Civil Veterinary Dept. Bombay admin report 1900-1906 - 1900-1906
Year: 1900
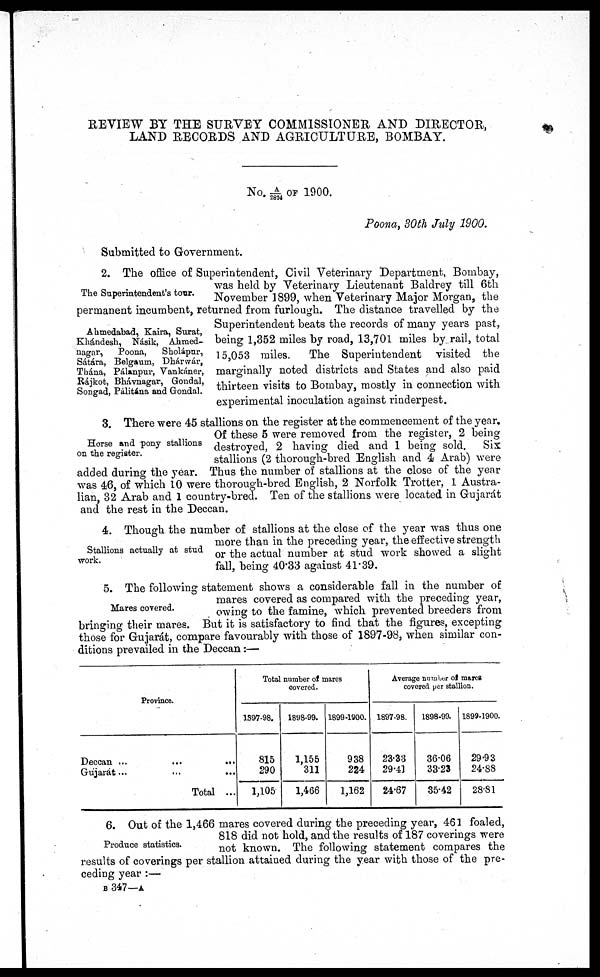
REVIEW BY THE SURVEY COMMISSIONER AND DIRECTOR,
LAND RECORDS AND AGRICULTURE, BOMBAY.
NO. A/2824 OF 1900.
Poona, 30th July 1900.
Submitted to Government.
The Superintendent's tour.
Ahmedabad, Kaira, Surat,
Khándesh, Násik, Ahmed-
nagar,
Poona,
Sholápur,
Sátára, Belgaum, Dhárwár,
Thána, Pálanpur, Vankáner,
Rájkot, Bhávnagar, Gondal,
Songad, Pálitána and Gondal.
2. The office of Superintendent, Civil Veterinary Department, Bombay,
was held by Veterinary Lieutenant Baldrey till 6th
November 1899, when Veterinary Major Morgan, the
permanent incumbent, returned from furlough. The distance travelled by the
Superintendent beats the records of many years past,
being 1,352 miles by road, 13,701 miles by rail, total
15,053 miles.
The Superintendent visited the
marginally noted districts and States and also paid
thirteen visits to Bombay, mostly in connection with
experimental inoculation against rinderpest.
Horse and pony stallions
on the register.
3. There were 45 stallions on the register at the commencement of the year.
Of these 5 were removed from the register, 2 being
destroyed, 2 having died and 1 being sold.
Six
stallions (2 thorough-bred English and 4 Arab) were
added during the year. Thus the number of stallions at the close of the year
was 46, of which 10 were thorough-bred English, 2 Norfolk Trotter, 1 Austra-
lian, 32 Arab and 1 country-bred. Ten of the stallions were located in Gujarát
and the rest in the Deccan.
Stallions actually at stud
work.
4. Though the number of stallions at the close of the year was thus one
more than in the preceding year, the effective strength
or the actual number at stud work showed a slight
fall, being 40.33 against 41.39.
Mares covered.
5. The following statement shows a considerable fall in the number of
mares covered as compared with the preceding year,
owing to the famine, which prevented breeders from
bringing their mares. But it is satisfactory to find that the figures, excepting
those for Gujarát, compare favourably with those of 1897-98, when similar con-
ditions prevailed in the Deccan :—
Province.
Deccan ...
...
...
Gujarat ... ... ...
Total ...
Total number of mares
covered.
1897-98.
815
290
1,105
1898-99.
1,155
311
1,466
1899-1900.
938
224
1,162
Average number of mares
covered per stallion.
1897-98.
23.33
29.41
24.67
1898-99.
36.06
33.23
35.42
1899-1900.
29.93
24.88
28.81
Produce statistics.
6. Out of the 1,466 mares covered during the preceding year, 461 foaled,
818 did not hold, and the results of 187 coverings were
not known. The following statement compares the
results of coverings per stallion attained during the year with those of the pre-
ceding year :—
B 347—A